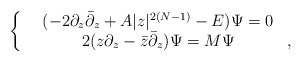
\begin{align*}\left\{\begin{array}{rcl}&(-2\partial_z{\bar\partial}_z+A|z|^{2(N-1)} -E)\Psi=0&\\&2(z\partial_z- {\bar z}{\bar\partial_z})\Psi=M\Psi& ,\end{array}\right.\end{align*}